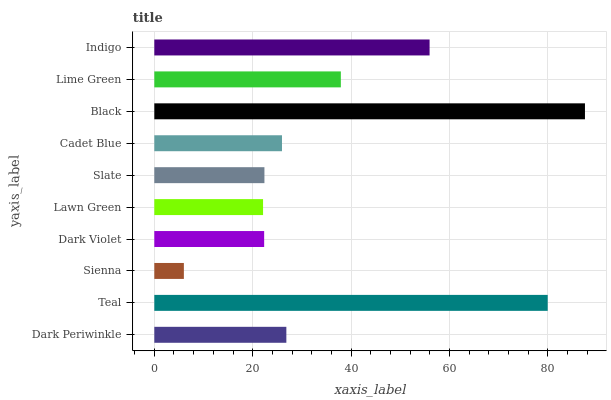
| yaxis_label | bars |
 | --- | --- |
 | Dark Periwinkle | 26.8 |
 | Teal | 80 |
 | Sienna | 6.01 |
 | Dark Violet | 22.3 |
 | Lawn Green | 22.1 |
 | Slate | 22.4 |
 | Cadet Blue | 26 |
 | Black | 87.5 |
 | Lime Green | 37.9 |
 | Indigo | 56 |